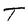
Character: T